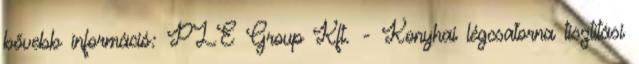
bővebb információ: PLE Group Kft. - Konyhai légcsatorna tisztítási